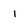
Character: I